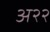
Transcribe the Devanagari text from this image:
अ२२